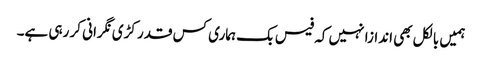
ہمیں بالکل بھی اندازا نہیں کہ فیس بک ہماری کس قدر کڑی نگرانی کر رہی ہے۔